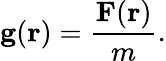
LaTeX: \mathbf{g}(\mathbf{r})={\frac{\mathbf{F}(\mathbf{r})}{m}}.